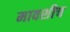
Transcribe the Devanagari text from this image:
मावशीच